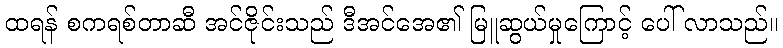
ထရန် စကရစ်တာဆီ အင်ဇိုင်းသည် ဒီအင်အေ၏ မြူဆွယ်မှုကြောင့် ပေါ် လာသည်။